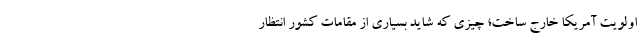
اولویت آمریکا خارج ساخت؛ چیزی که شاید بسیاری از مقامات کشور انتظار